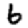
Digit: 6